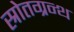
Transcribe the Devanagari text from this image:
स्रोतग्रन्थ